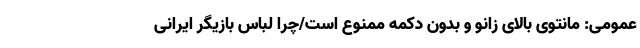
عمومی: مانتوی بالای زانو و بدون دکمه ممنوع است/چرا لباس بازیگر ایرانی